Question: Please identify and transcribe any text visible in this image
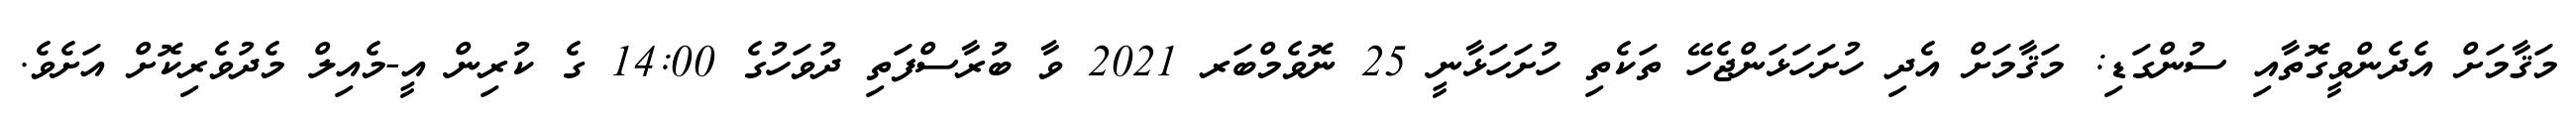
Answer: މަޤާމަށް އެދެންވީގޮތާއި ސުންގަޑި: މަޤާމަށް އެދި ހުށަހަޅަންޖެހޭ ތަކެތި ހުށަހަޅާނީ 25 ނޮވެމްބަރ 2021 ވާ ބުރާސްފަތި ދުވަހުގެ 14:00 ގެ ކުރިން އީ-މެއިލް މެދުވެރިކޮށް އަށެވެ.